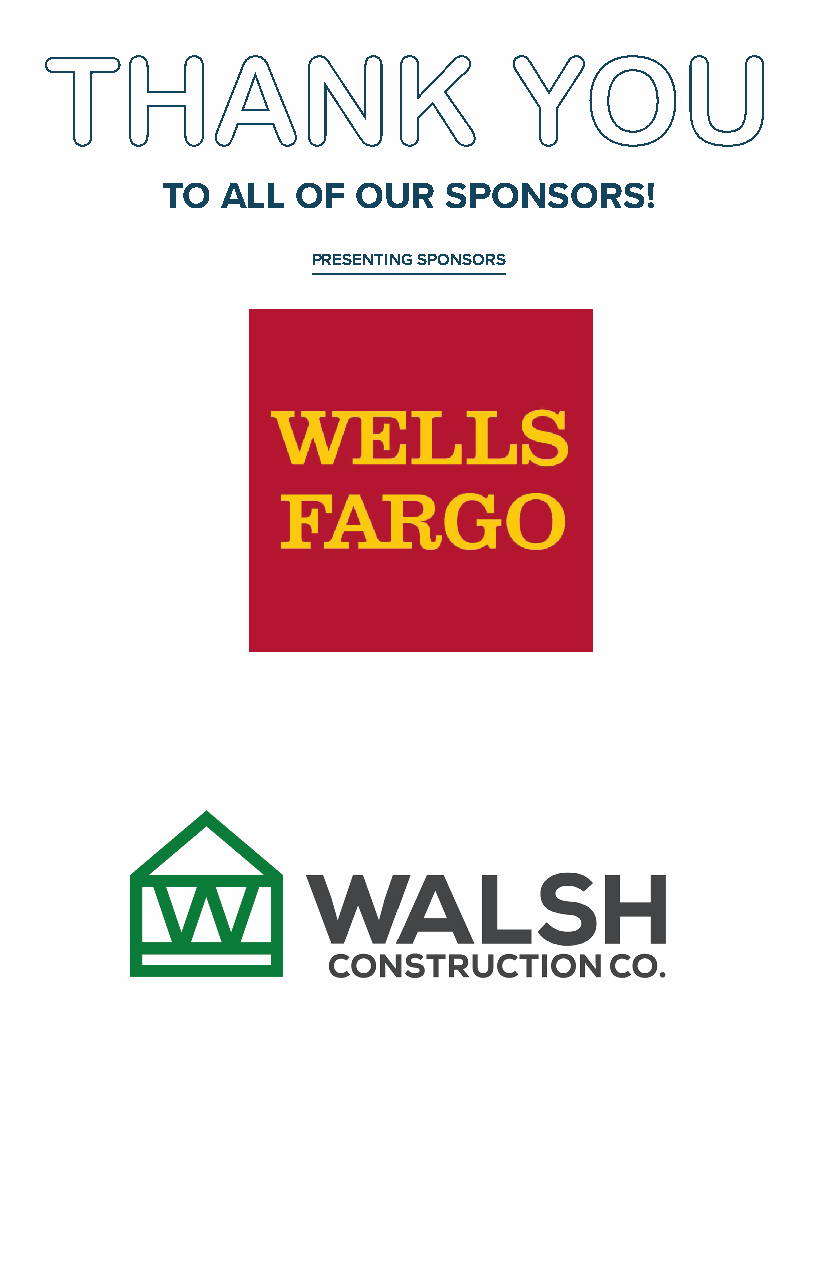
THANK                          YOU
 TO  ALL  OF  OUR  SPONSORS!
 PRESENTING SPONSORS